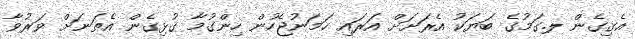
އެގިގެން ލ.ގަމުގެ ބަޔަކު އެރަށަށް އަރައި ހަމަނުޖެހުން ހިންގުމާ ގުޅިގެން އެތަނަށް ވަރުވާ